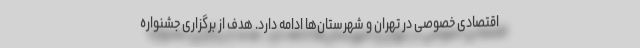
اقتصادی خصوصی در تهران و شهرستان‌ها ادامه دارد. هدف از برگزاری جشنواره